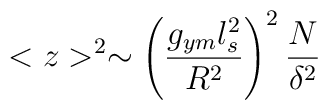
<z>^2 \sim \left({g_{ym}l_s^2 \over R^2} \right)^2 {N \over\delta^2}